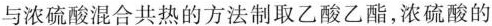
与浓硫酸混合共热的方法制取乙酸乙酯，浓硫酸的